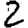
Digit: 2